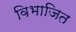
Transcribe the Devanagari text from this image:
विभाजित